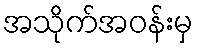
အသိုက်အဝန်းမှ